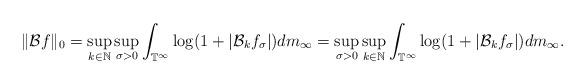
LaTeX: \begin{align*}\|\mathcal{B}f\|_0=\sup_{k\in\mathbb{N}}\sup_{\sigma>0}\int_{\mathbb{T}^\infty}\log(1+|\mathcal{B}_k f_\sigma|)dm_\infty=\sup_{\sigma>0}\sup_{k\in\mathbb{N}}\int_{\mathbb{T}^\infty}\log(1+|\mathcal{B}_k f_\sigma|)dm_\infty.\end{align*}